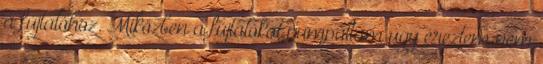
a fújtatóhoz. Miközben a fújtatókat pumpáltam úgy éreztem nem